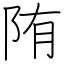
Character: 陏